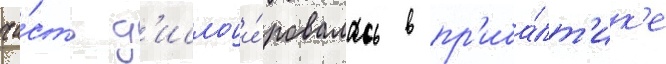
ча́сть д'ислоци́ровалась в пр'иба́лт'ик'е